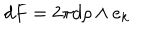
d F = 2 \pi d \rho \wedge e _ { k }